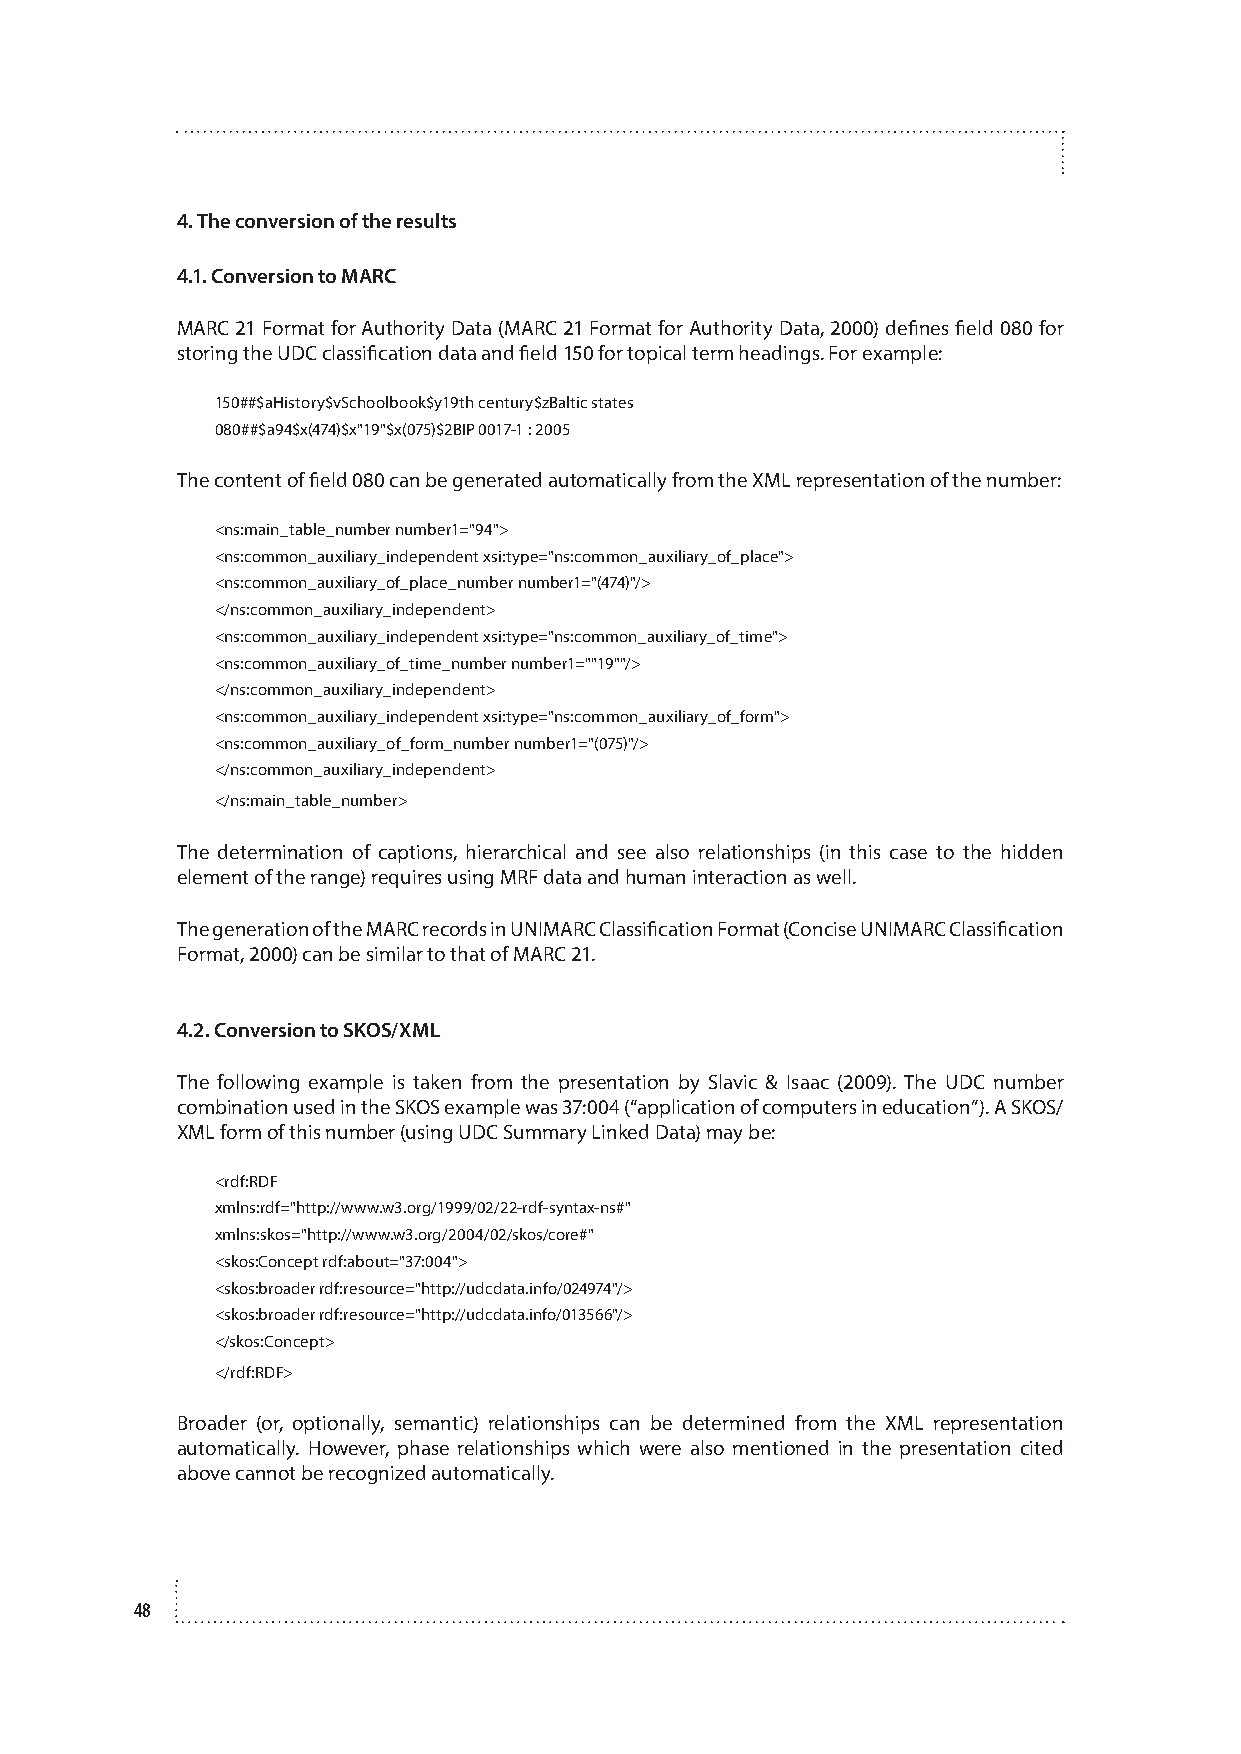
4. The conversion of the results
 4.1. Conversion to MARC
 MARC 21 Format for Authority Data (MARC 21 Format for Authority Data, 2000) defines field 080 for
 storing the UDC classification data and field 150 for topical term headings. For example:
 150##$aHistory$vSchoolbook$y19th century$zBaltic states
 080##$a94$x(474)$x"19"$x(075)$2BIP 0017-1 : 2005
 The content of field 080 can be generated automatically from the XML representation of the number:
 <ns:main_table_number number1="94">
 <ns:common_auxiliary_independent xsi:type="ns:common_auxiliary_of_place">
 <ns:common_auxiliary_of_place_number number1="(474)"/>
 </ns:common_auxiliary_independent>
 <ns:common_auxiliary_independent xsi:type="ns:common_auxiliary_of_time">
 <ns:common_auxiliary_of_time_number number1=""19""/>
 </ns:common_auxiliary_independent>
 <ns:common_auxiliary_independent xsi:type="ns:common_auxiliary_of_form">
 <ns:common_auxiliary_of_form_number number1="(075)"/>
 </ns:common_auxiliary_independent>
 </ns:main_table_number>
 The determination of captions, hierarchical and see also relationships (in this case to the hidden
 element of the range) requires using MRF data and human interaction as well.
 The generation of the MARC records in UNIMARC Classification Format (Concise UNIMARC Classification
 Format, 2000) can be similar to that of MARC 21.
 4.2. Conversion to SKOS/XML
 The following example is taken from the presentation by Slavic & Isaac (2009). The UDC number
 combination used in the SKOS example was 37:004 (“application of computers in education”). A SKOS/
 XML form of this number (using UDC Summary Linked Data) may be:
 <rdf:RDF
 xmlns:rdf="http://www.w3.org/1999/02/22-rdf-syntax-ns#"
 xmlns:skos="http://www.w3.org/2004/02/skos/core#"
 <skos:Concept rdf:about="37:004">
 <skos:broader rdf:resource="http://udcdata.info/024974"/>
 <skos:broader rdf:resource="http://udcdata.info/013566"/>
 </skos:Concept>
 </rdf:RDF>
 Broader (or, optionally, semantic) relationships can be determined from the XML representation
 automatically. However, phase relationships which were also mentioned in the presentation cited
 above cannot be recognized automatically.
 48